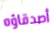
أصدقاؤه